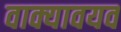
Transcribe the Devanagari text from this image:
वाक्यावयव